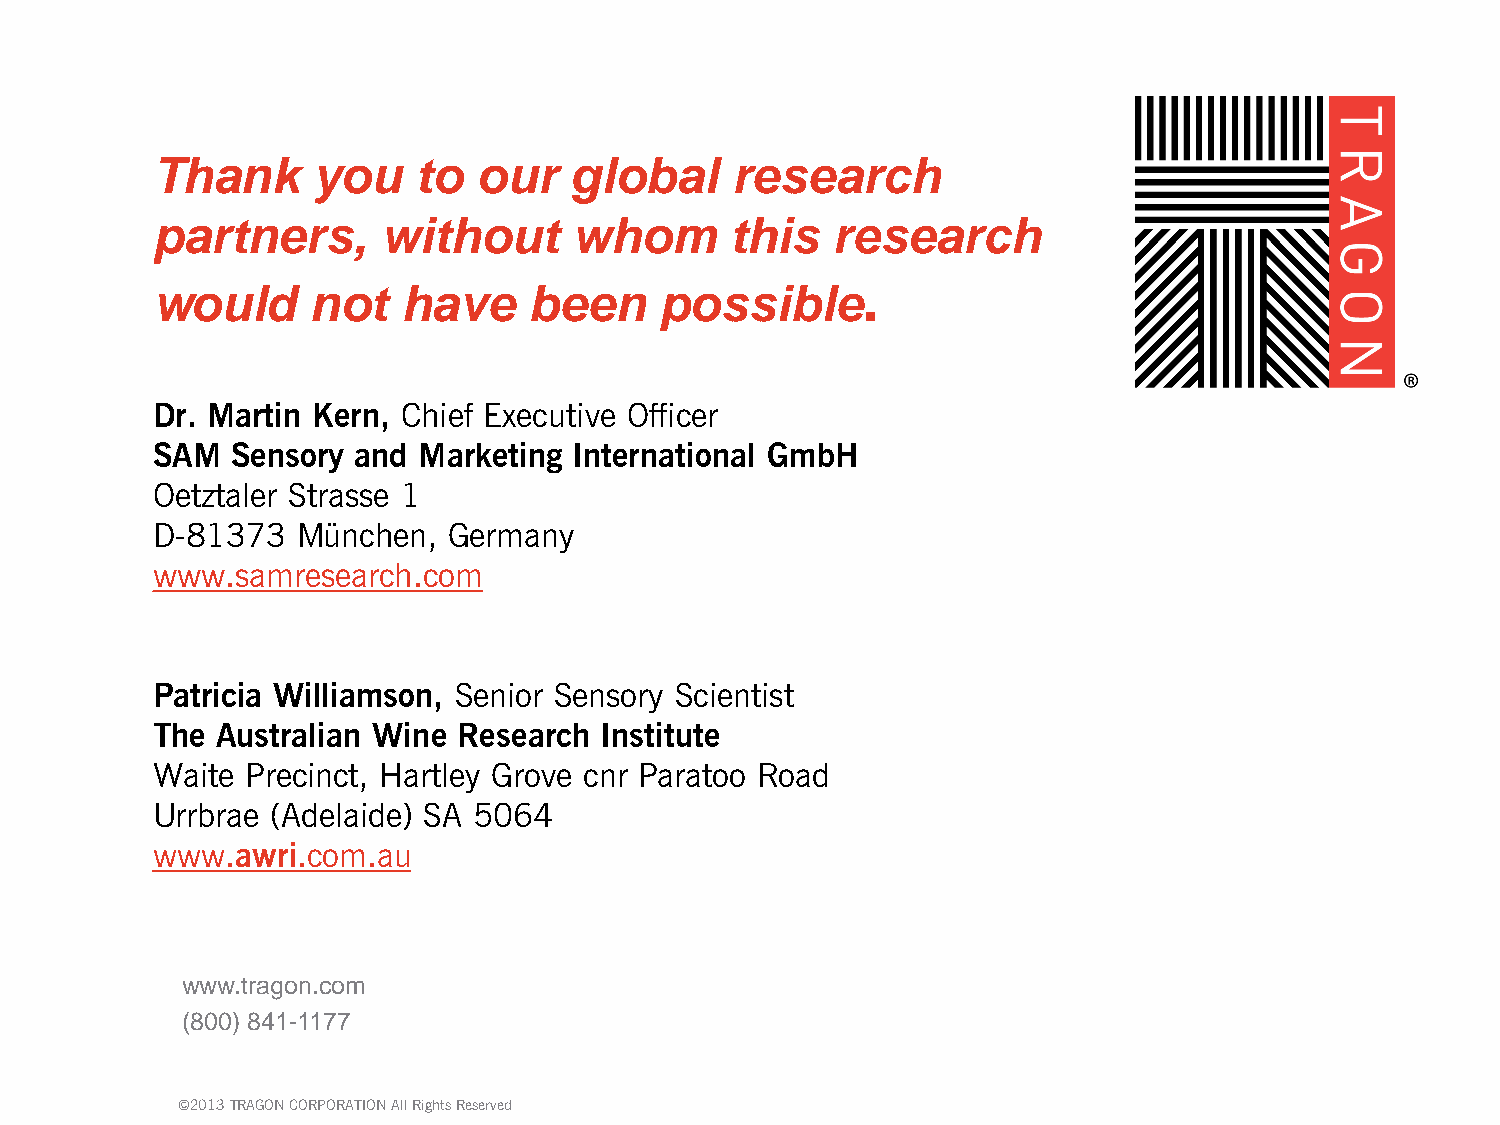
Thank      you    to  our   global    research
 partners,      without      whom      this   research
 .
 would      not   have    been     possible
 Dr. Martin Kern, Chief Executive Officer
 SAM  Sensory and  Marketing International GmbH
 Oetztaler Strasse 1
 D-81373   München,  Germany
 www.samresearch.com
 Patricia Williamson, Senior Sensory Scientist
 The Australian Wine Research  Institute
 Waite Precinct, Hartley Grove cnr Paratoo Road
 Urrbrae (Adelaide) SA 5064
 www.awri.com.au
 wwwwww..ttrraaggoonn..ccoomm
 ((880000)) 884411--11117777
 ©2013 TRAGON CORPORATION All Rights Reserved